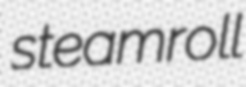
steamroll